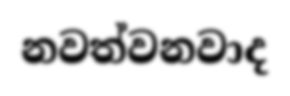
නවත්වනවාද